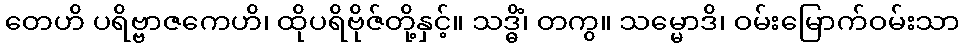
တေဟိ ပရိဗ္ဗာဇကေဟိ၊ ထိုပရိဗိုဇ်တို့နှင့်။ သဒ္ဓိံ၊ တကွ။ သမ္မောဒိ၊ ဝမ်းမြောက်ဝမ်းသာ